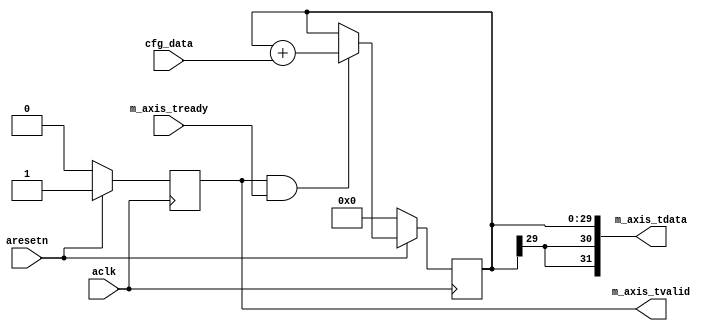

`timescale 1 ns / 1 ps

module axis_phase_generator #
(
  parameter integer AXIS_TDATA_WIDTH = 32,
  parameter integer PHASE_WIDTH = 30
)
(
  // System signals
  input  wire                        aclk,
  input  wire                        aresetn,

  input  wire [PHASE_WIDTH-1:0]      cfg_data,

  // Master side
  input  wire                        m_axis_tready,
  output wire [AXIS_TDATA_WIDTH-1:0] m_axis_tdata,
  output wire                        m_axis_tvalid
);

  reg [PHASE_WIDTH-1:0] int_cntr_reg, int_cntr_next;
  reg int_enbl_reg, int_enbl_next;

  always @(posedge aclk)
  begin
    if(~aresetn)
    begin
      int_cntr_reg <= {(PHASE_WIDTH){1'b0}};
      int_enbl_reg <= 1'b0;
    end
    else
    begin
      int_cntr_reg <= int_cntr_next;
      int_enbl_reg <= int_enbl_next;
    end
  end

  always @*
  begin
    int_cntr_next = int_cntr_reg;
    int_enbl_next = int_enbl_reg;

    if(~int_enbl_reg)
    begin
      int_enbl_next = 1'b1;
    end

    if(int_enbl_reg & m_axis_tready)
    begin
      int_cntr_next = int_cntr_reg + cfg_data;
    end
  end

  assign m_axis_tdata = {{(AXIS_TDATA_WIDTH-PHASE_WIDTH){int_cntr_reg[PHASE_WIDTH-1]}}, int_cntr_reg};
  assign m_axis_tvalid = int_enbl_reg;

endmodule